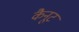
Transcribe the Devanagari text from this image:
कैनूट